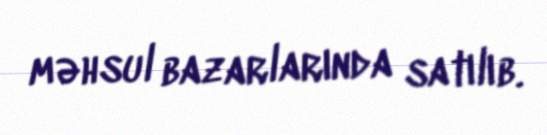
məhsul bazarlarında satılıb.